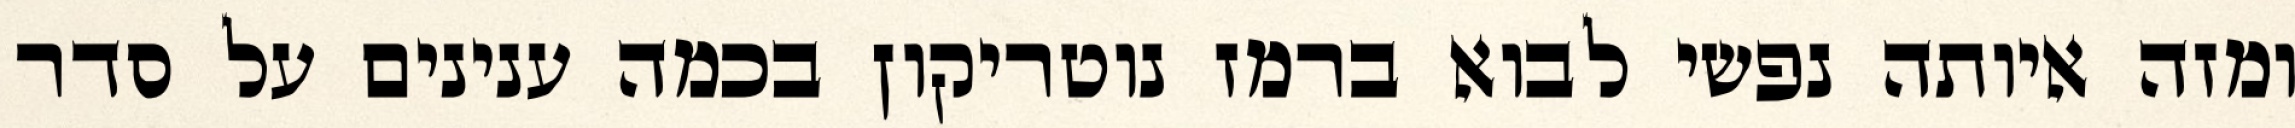
ומזה איותה נפשי לבוא ברמז נוטריקון בכמה ענינים על סדר